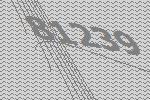
81239